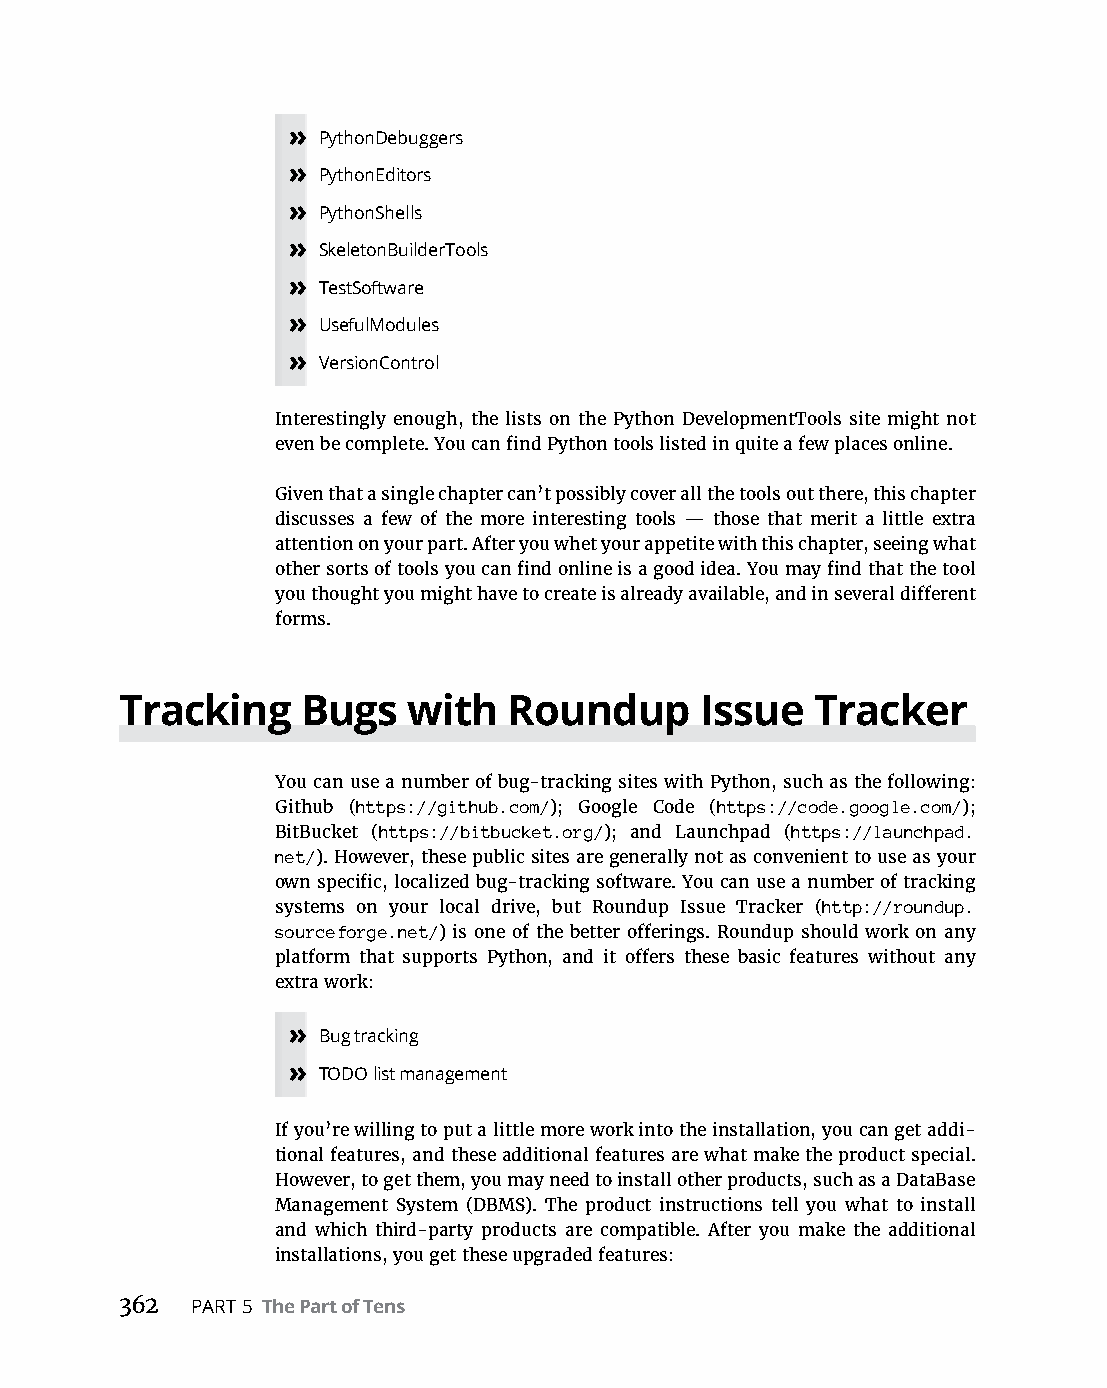
» PythonDebuggers
 » PythonEditors
 » PythonShells
 » SkeletonBuilderTools
 » TestSoftware
 » UsefulModules
 » VersionControl
 Interestingly enough, the lists on the Python DevelopmentTools site might not
 even be complete. You can find Python tools listed in quite a few places online.
 Given that a single chapter can’t possibly cover all the tools out there, this chapter
 discusses a few of the more interesting tools — those that merit a little extra
 attention on your part. After you whet your appetite with this chapter, seeing what
 other sorts of tools you can find online is a good idea. You may find that the tool
 you thought you might have to create is already available, and in several different
 forms.
 Tracking    Bugs   with   Roundup     Issue   Tracker
 You can use a number of bug-tracking sites with Python, such as the following:
 Github (https://github.com/); Google Code (https://code.google.com/);
 BitBucket (https://bitbucket.org/); and Launchpad (https://launchpad.
 net/). However, these public sites are generally not as convenient to use as your
 own specific, localized bug-tracking software. You can use a number of tracking
 systems on your local drive, but Roundup Issue Tracker (http://roundup.
 sourceforge.net/) is one of the better offerings. Roundup should work on any
 platform that supports Python, and it offers these basic features without any
 extra work:
 » Bug tracking
 » TODO list management
 If you’re willing to put a little more work into the installation, you can get addi-
 tional features, and these additional features are what make the product special.
 However, to get them, you may need to install other products, such as a DataBase
 Management System (DBMS). The product instructions tell you what to install
 and which third-party products are compatible. After you make the additional
 installations, you get these upgraded features:
 362  PART 5 The Part of Tens